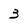
Character: 3